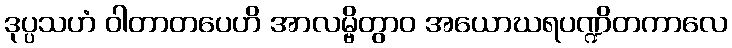
ဒုပ္ပသဟံ ဝါတာတပေဟိ အာလမ္ဗိတွာဝ အယောဃရပဏ္ဍိတကာလေ